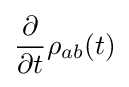
{\frac {\partial }{\partial t}}\rho _{ab}(t)